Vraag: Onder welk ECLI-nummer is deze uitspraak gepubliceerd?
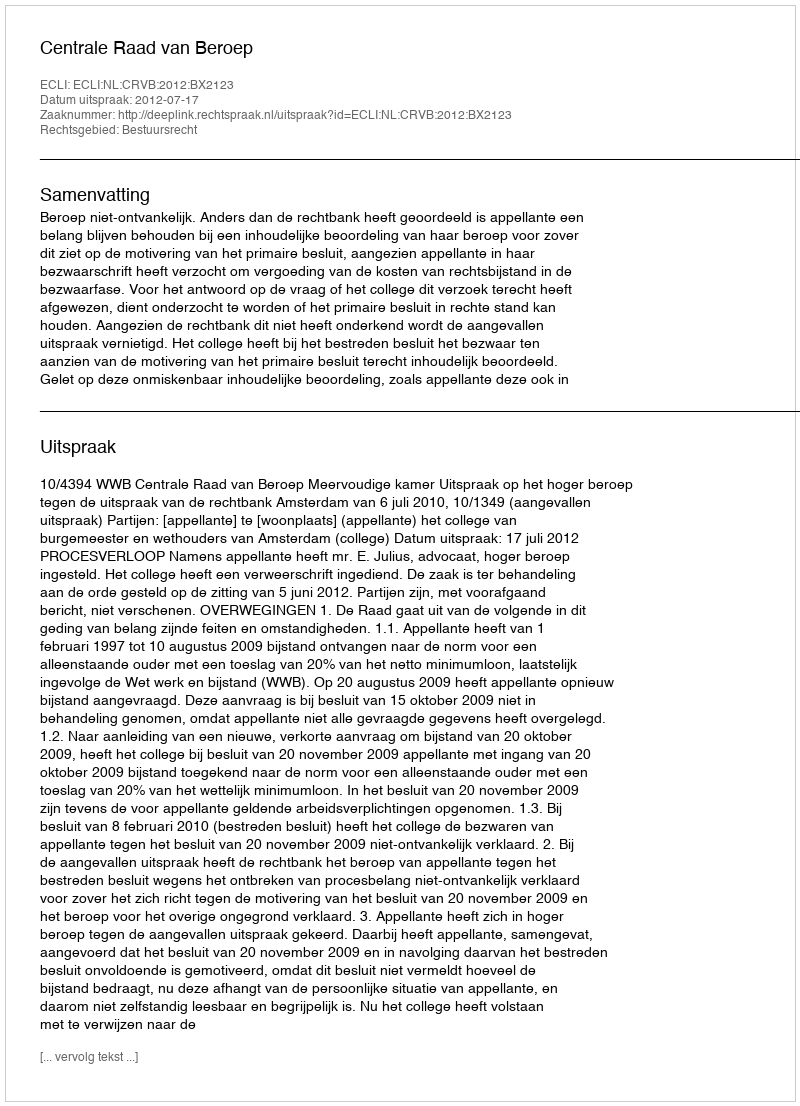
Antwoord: ECLI:NL:CRVB:2012:BX2123